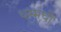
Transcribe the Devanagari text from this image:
धम्मची